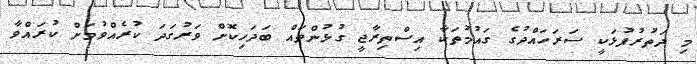
މި ދަތުރުފުޅަކީ ސަރަހައްދުގެ ގައުމުތަކާ އިސްތިރާޖީ ގުޅުންތައް ބަދަހިކޮށް ވަރުގަދަ ކުރެއްވުމަށް ކުރައްވާ